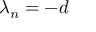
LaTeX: \lambda _ { n } = - d